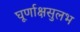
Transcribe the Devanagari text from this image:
घूर्णाक्षसुलभ